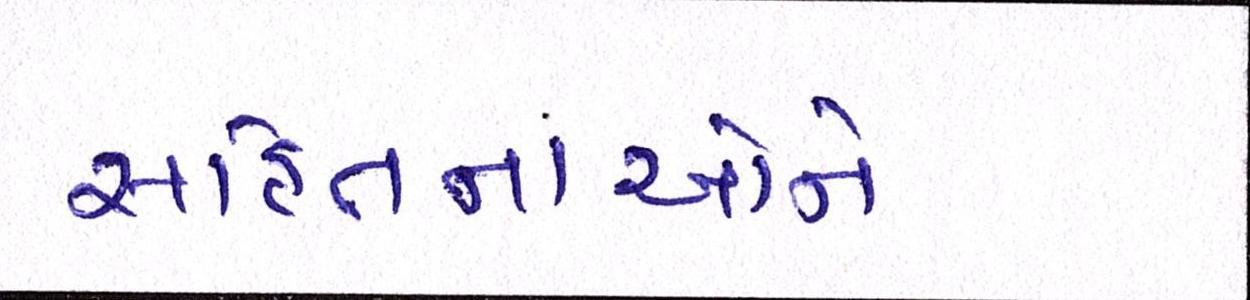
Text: સહિતનાઓને